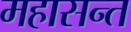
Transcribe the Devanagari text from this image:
महासन्त